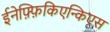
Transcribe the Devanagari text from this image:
ईनेफ़्फ़िकिएन्किएस